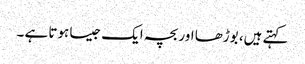
کہتے ہیں، بوڑھا اور بچہ ایک جیسا ہوتا ہے ۔